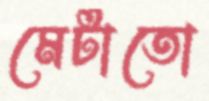
মেটাতো